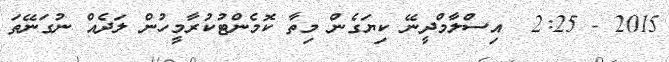
2015 - 2:25  އިސްލާމްދީނޭ ކިޔަގެން މިތާ ކޮމެންޓުކުރާމީހުން ލަދެއް ނުގަނޭތަ